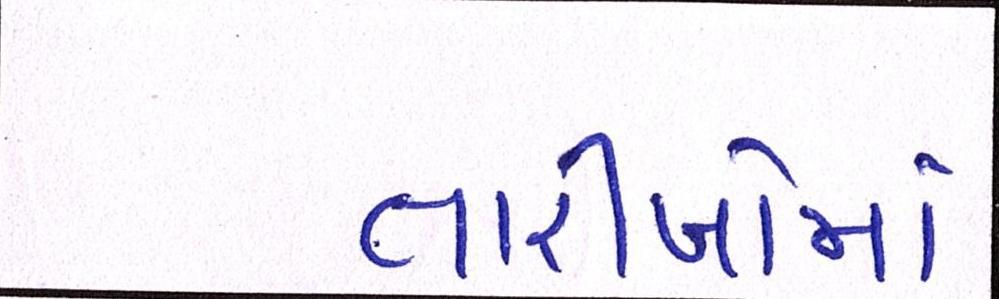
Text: તારીખોમાં